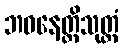
ဘဝနေတ္တိသုတ္တံ